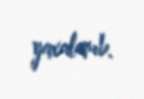
yaxalanıb.